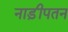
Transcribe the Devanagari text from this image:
नाड़ीपतन